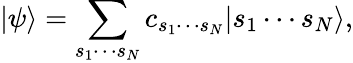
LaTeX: |\psi\rangle=\sum_{s_{1}\cdots s_{N}}c_{s_{1}\cdots s_{N}}|s_{1}\cdots s_{N}\rangle,